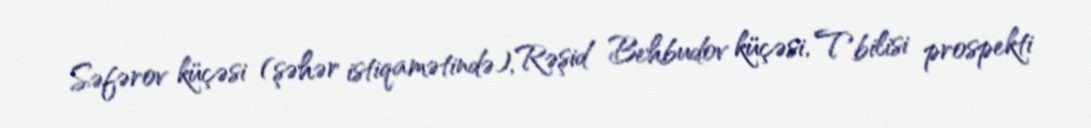
Səfərov küçəsi (şəhər istiqamətində), Rəşid Behbudov küçəsi, Tbilisi prospekti